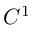
C ^ { 1 }